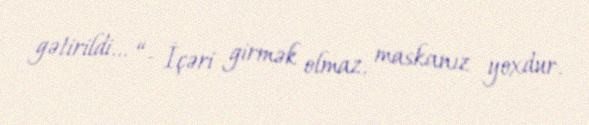
gətirildi... “- İçəri girmək olmaz, maskanız yoxdur.